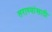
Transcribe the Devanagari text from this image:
तराण्यांसाठी